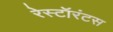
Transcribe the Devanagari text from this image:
रेस्टॉरंटस